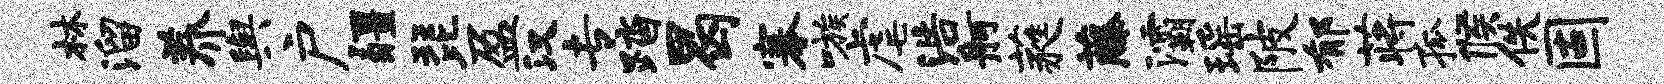
林溜养舆户疆琵盈汉专踏曷搴嗾虐浩舸蕤藤灞瑶陂郁蒋孤候佚固